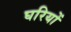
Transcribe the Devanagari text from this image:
घरियों